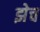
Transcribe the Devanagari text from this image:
झेच